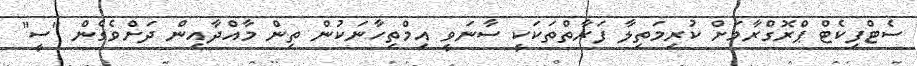
ސެޓްފިކެޓް ޕްރޮގްރާމަށް ކުރިމަތިލާ ފަރާތްތަކަކީ ސާނަވީ އިމްތިހާނަކުން ތިން މާއްދާއިން ދަށްވެގެން "ސީ"